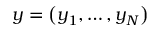
\boldsymbol { y } = \left( y _ { 1 } , \dots , y _ { N } \right)